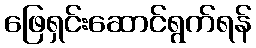
ဖြေရှင်းဆောင်ရွက်ရန်